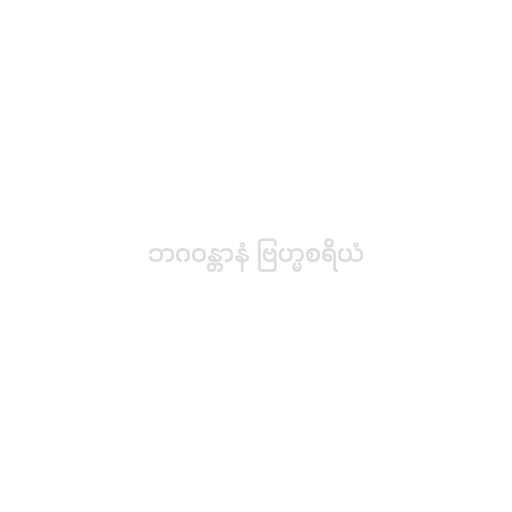
ဘဂဝန္တာနံ ဗြဟ္မစရိယံ